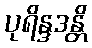
ပုရိန္ဒဒန္တိ